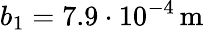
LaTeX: b_{1}=7.9\cdot 10^{-4}\, \mathrm{m}